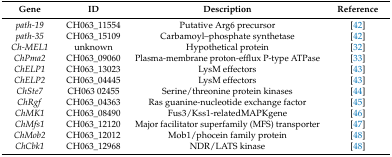
<table><thead><tr><td><b>Gene</b></td><td><b>ID</b></td><td><b>Description</b></td><td><b>Reference</b></td></tr></thead><tbody><tr><td><i>path-19</i></td><td>CH063_11554</td><td>Putative Arg6 precursor</td><td>[42]</td></tr><tr><td><i>path-35</i></td><td>CH063_15109</td><td>Carbamoyl–phosphate synthetase</td><td>[42]</td></tr><tr><td><i>Ch-MEL1</i></td><td>unknown</td><td>Hypothetical protein</td><td>[32]</td></tr><tr><td><i>ChPma2</i></td><td>CH063_09060</td><td>Plasma-membrane proton-efflux P-type ATPase</td><td>[33]</td></tr><tr><td><i>ChELP1</i></td><td>CH063_13023</td><td>LysM effectors</td><td>[43]</td></tr><tr><td><i>ChELP2</i></td><td>CH063_04445</td><td>LysM effectors</td><td>[43]</td></tr><tr><td><i>ChSte7</i></td><td>CH063 02455</td><td>Serine/threonine protein kinases</td><td>[44]</td></tr><tr><td><i>ChRgf</i></td><td>CH063_04363</td><td>Ras guanine-nucleotide exchange factor</td><td>[45]</td></tr><tr><td><i>ChMK1</i></td><td>CH063_08490 </td><td>Fus3/Kss1-relatedMAPKgene</td><td>[46]</td></tr><tr><td><i>ChMfs1</i></td><td>CH063_12120</td><td>Major facilitator superfamily (MFS) transporter</td><td>[47]</td></tr><tr><td><i>ChMob2</i></td><td>CH063_12012</td><td>Mob1/phocein family protein</td><td>[48]</td></tr><tr><td><i>ChCbk1</i></td><td>CH063_12968</td><td>NDR/LATS kinase</td><td>[48]</td></tr></tbody></table>